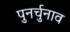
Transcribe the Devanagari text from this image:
पुनर्चुनाव